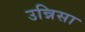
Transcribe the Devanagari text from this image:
उन्निसा